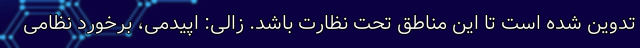
تدوین شده است تا این مناطق تحت نظارت باشد. زالی: اپیدمی، برخورد نظامی